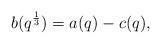
LaTeX: \begin{align*}b(q^{\frac{1}{3}}) = a(q) - c(q),\end{align*}